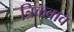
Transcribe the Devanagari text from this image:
त्रिकवाव